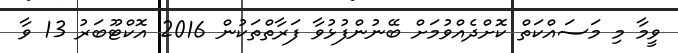
ވީމާ މި މަސައްކަތް ކޮށްދެއްވުމަށް ބޭނުންފުޅުވާ ފަރާތްތަކުން 2016 އޮކްޓޫބަރު 13 ވާ